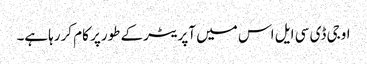
اوجی ڈی سی ایل اس میں آپریٹرکے طورپر کام کررہاہے۔